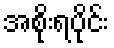
အစိုးရပိုင်း